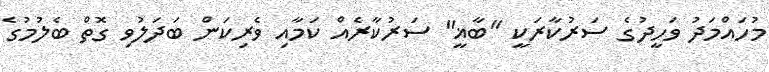
މުހައްމަދު ވަހީދުގެ ސަރުކާރަކީ "ބާޣީ" ސަރުކާރެއް ކަމާއި ވެރިކަން ބަދަލުވި ގޮތް ބެލުމުގެ